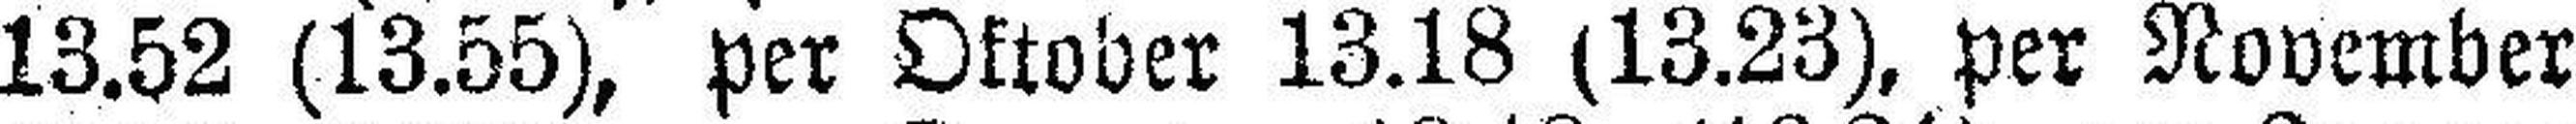
13.52 (13.55), per Oktober 13.18 (13.23), per November